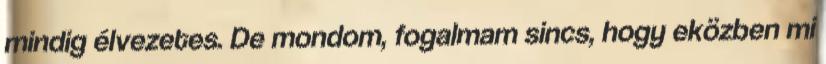
mindig élvezetes. De mondom, fogalmam sincs, hogy eközben mi